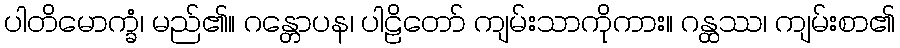
ပါတိမောက္ခံ၊ မည်၏။ ဂန္တောပန၊ ပါဠိတော် ကျမ်းသာကိုကား။ ဂန္ထဿ၊ ကျမ်းစာ၏